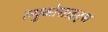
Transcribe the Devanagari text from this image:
ल्युकोसाइट्स